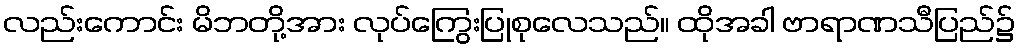
လည်းကောင်း မိဘတို့အား လုပ်ကြွေးပြုစုလေသည်။ ထိုအခါ ဗာရာဏသီပြည်၌